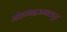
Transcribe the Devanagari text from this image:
मोहम्मदजमालपुर